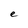
Character: e